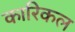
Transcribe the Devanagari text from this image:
कारिकल